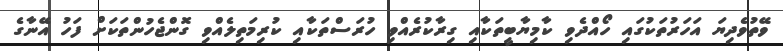
ވޭތުވެދިޔަ އަހަރުތަކުގައި ހޯއްދެވި ކާމިޔާބީތަކާއި ގިރާކުރެއްވި ހުރަސްތަކާއި ކުރިމަތިލެއްވި ގޮންޖެހުންތަކަށް ފަހު އޭނާގެ